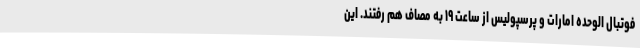
فوتبال الوحده امارات و پرسپولیس از ساعت ۱۹ به مصاف هم رفتند. این